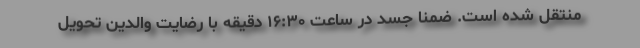
منتقل شده است. ضمناً جسد در ساعت ۱۶:۳۰ دقیقه با رضایت والدین تحویل